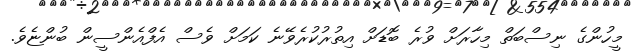
މީހުންގެ ނިސްބަތް މިހާރަށް ވުރެ ބޮޑަށް އިތުރުކުރެވޭނެ ކަމަށް ވެސް އެފްއެންސީން ބުންޏެވެ.